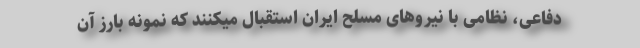
دفاعی، نظامی با نیرو‌های مسلح ایران استقبال میکنند که نمونه بارز آن